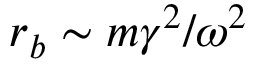
r _ { b } \sim m \gamma ^ { 2 } / \omega ^ { 2 }